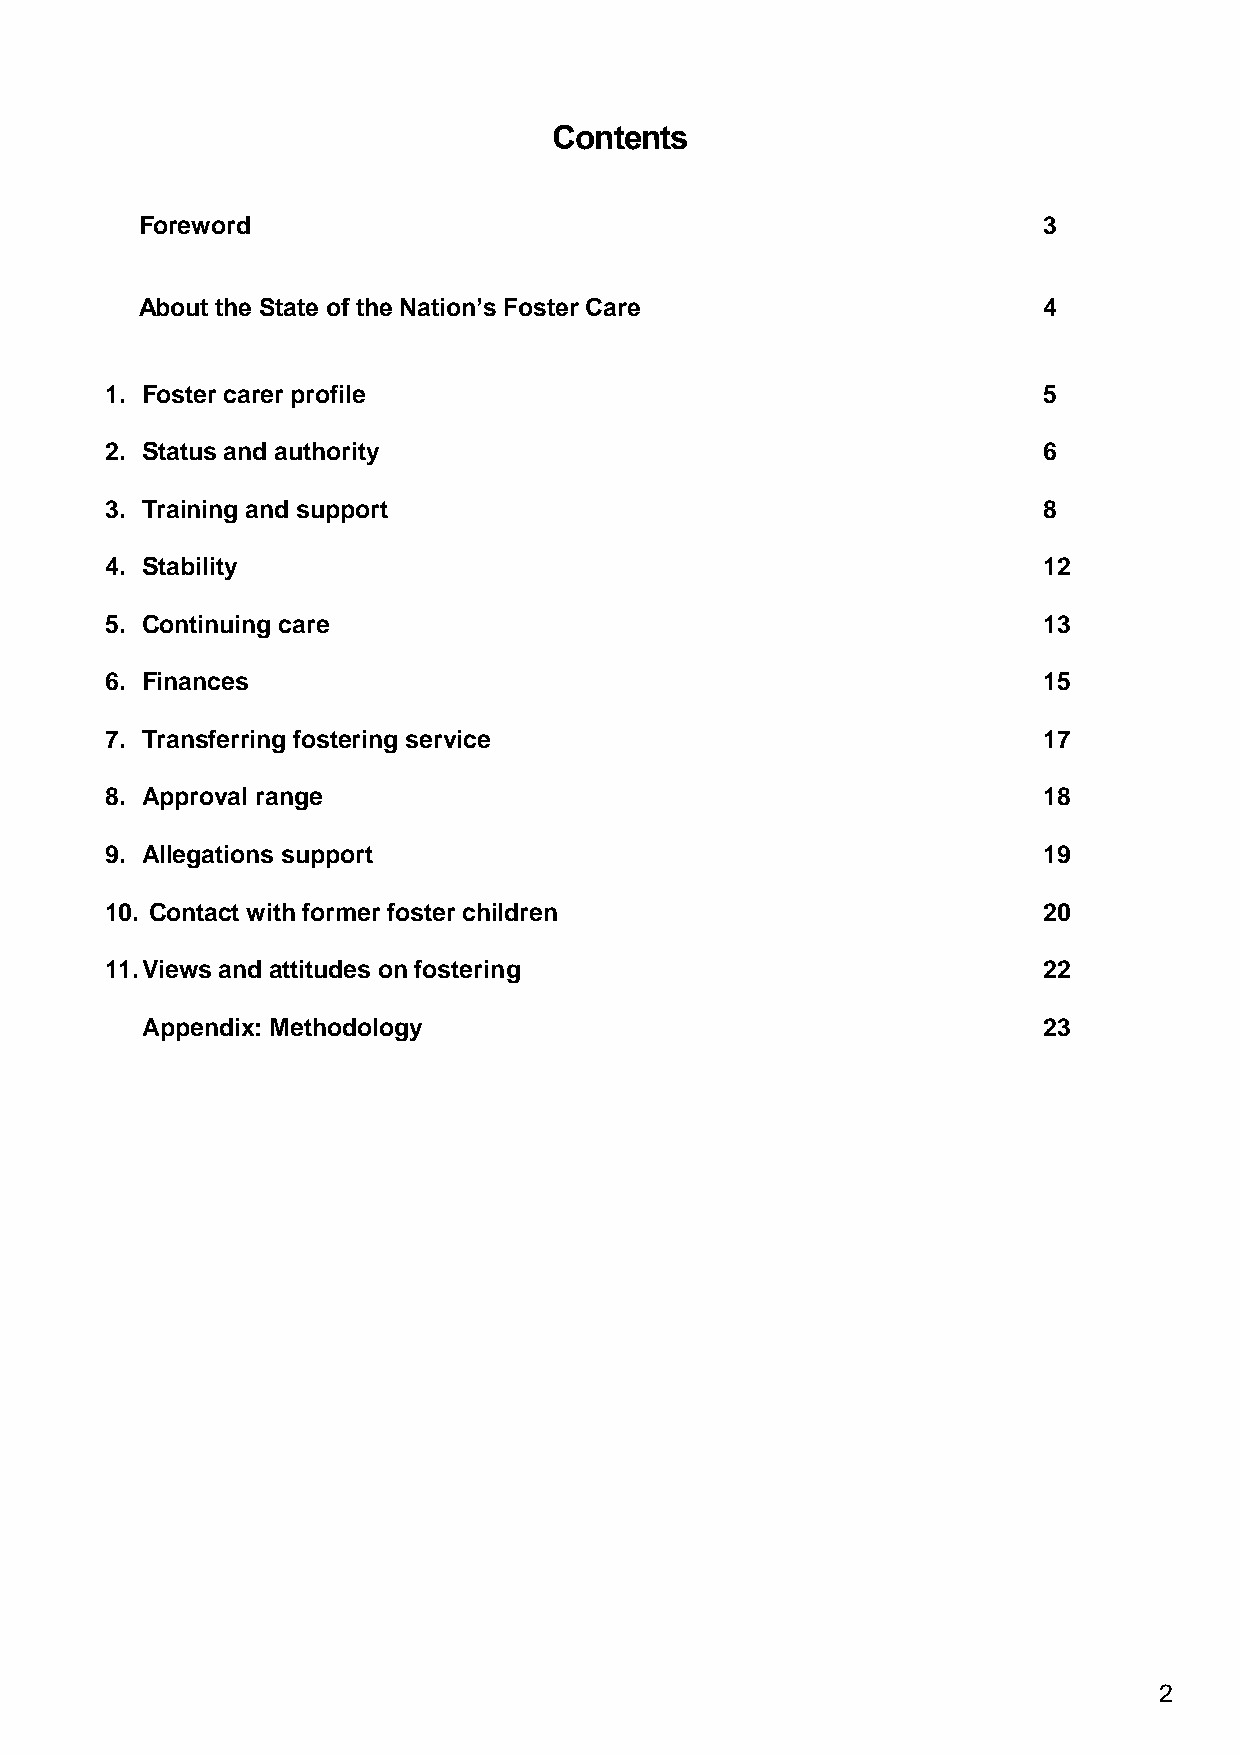
Contents
 Foreword                                                    3
 About the State of the Nation’s Foster Care                 4
 1. Foster carer profile                                       5
 2. Status and authority                                       6
 3. Training and support                                       8
 4. Stability                                                  12
 5. Continuing care                                            13
 6. Finances                                                   15
 7. Transferring fostering service                             17
 8. Approval range                                             18
 9. Allegations support                                        19
 10. Contact with former foster children                       20
 11. Views and attitudes on fostering                          22
 Appendix: Methodology                                       23
 2